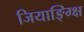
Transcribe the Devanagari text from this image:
जियाङ्ग्क्षि